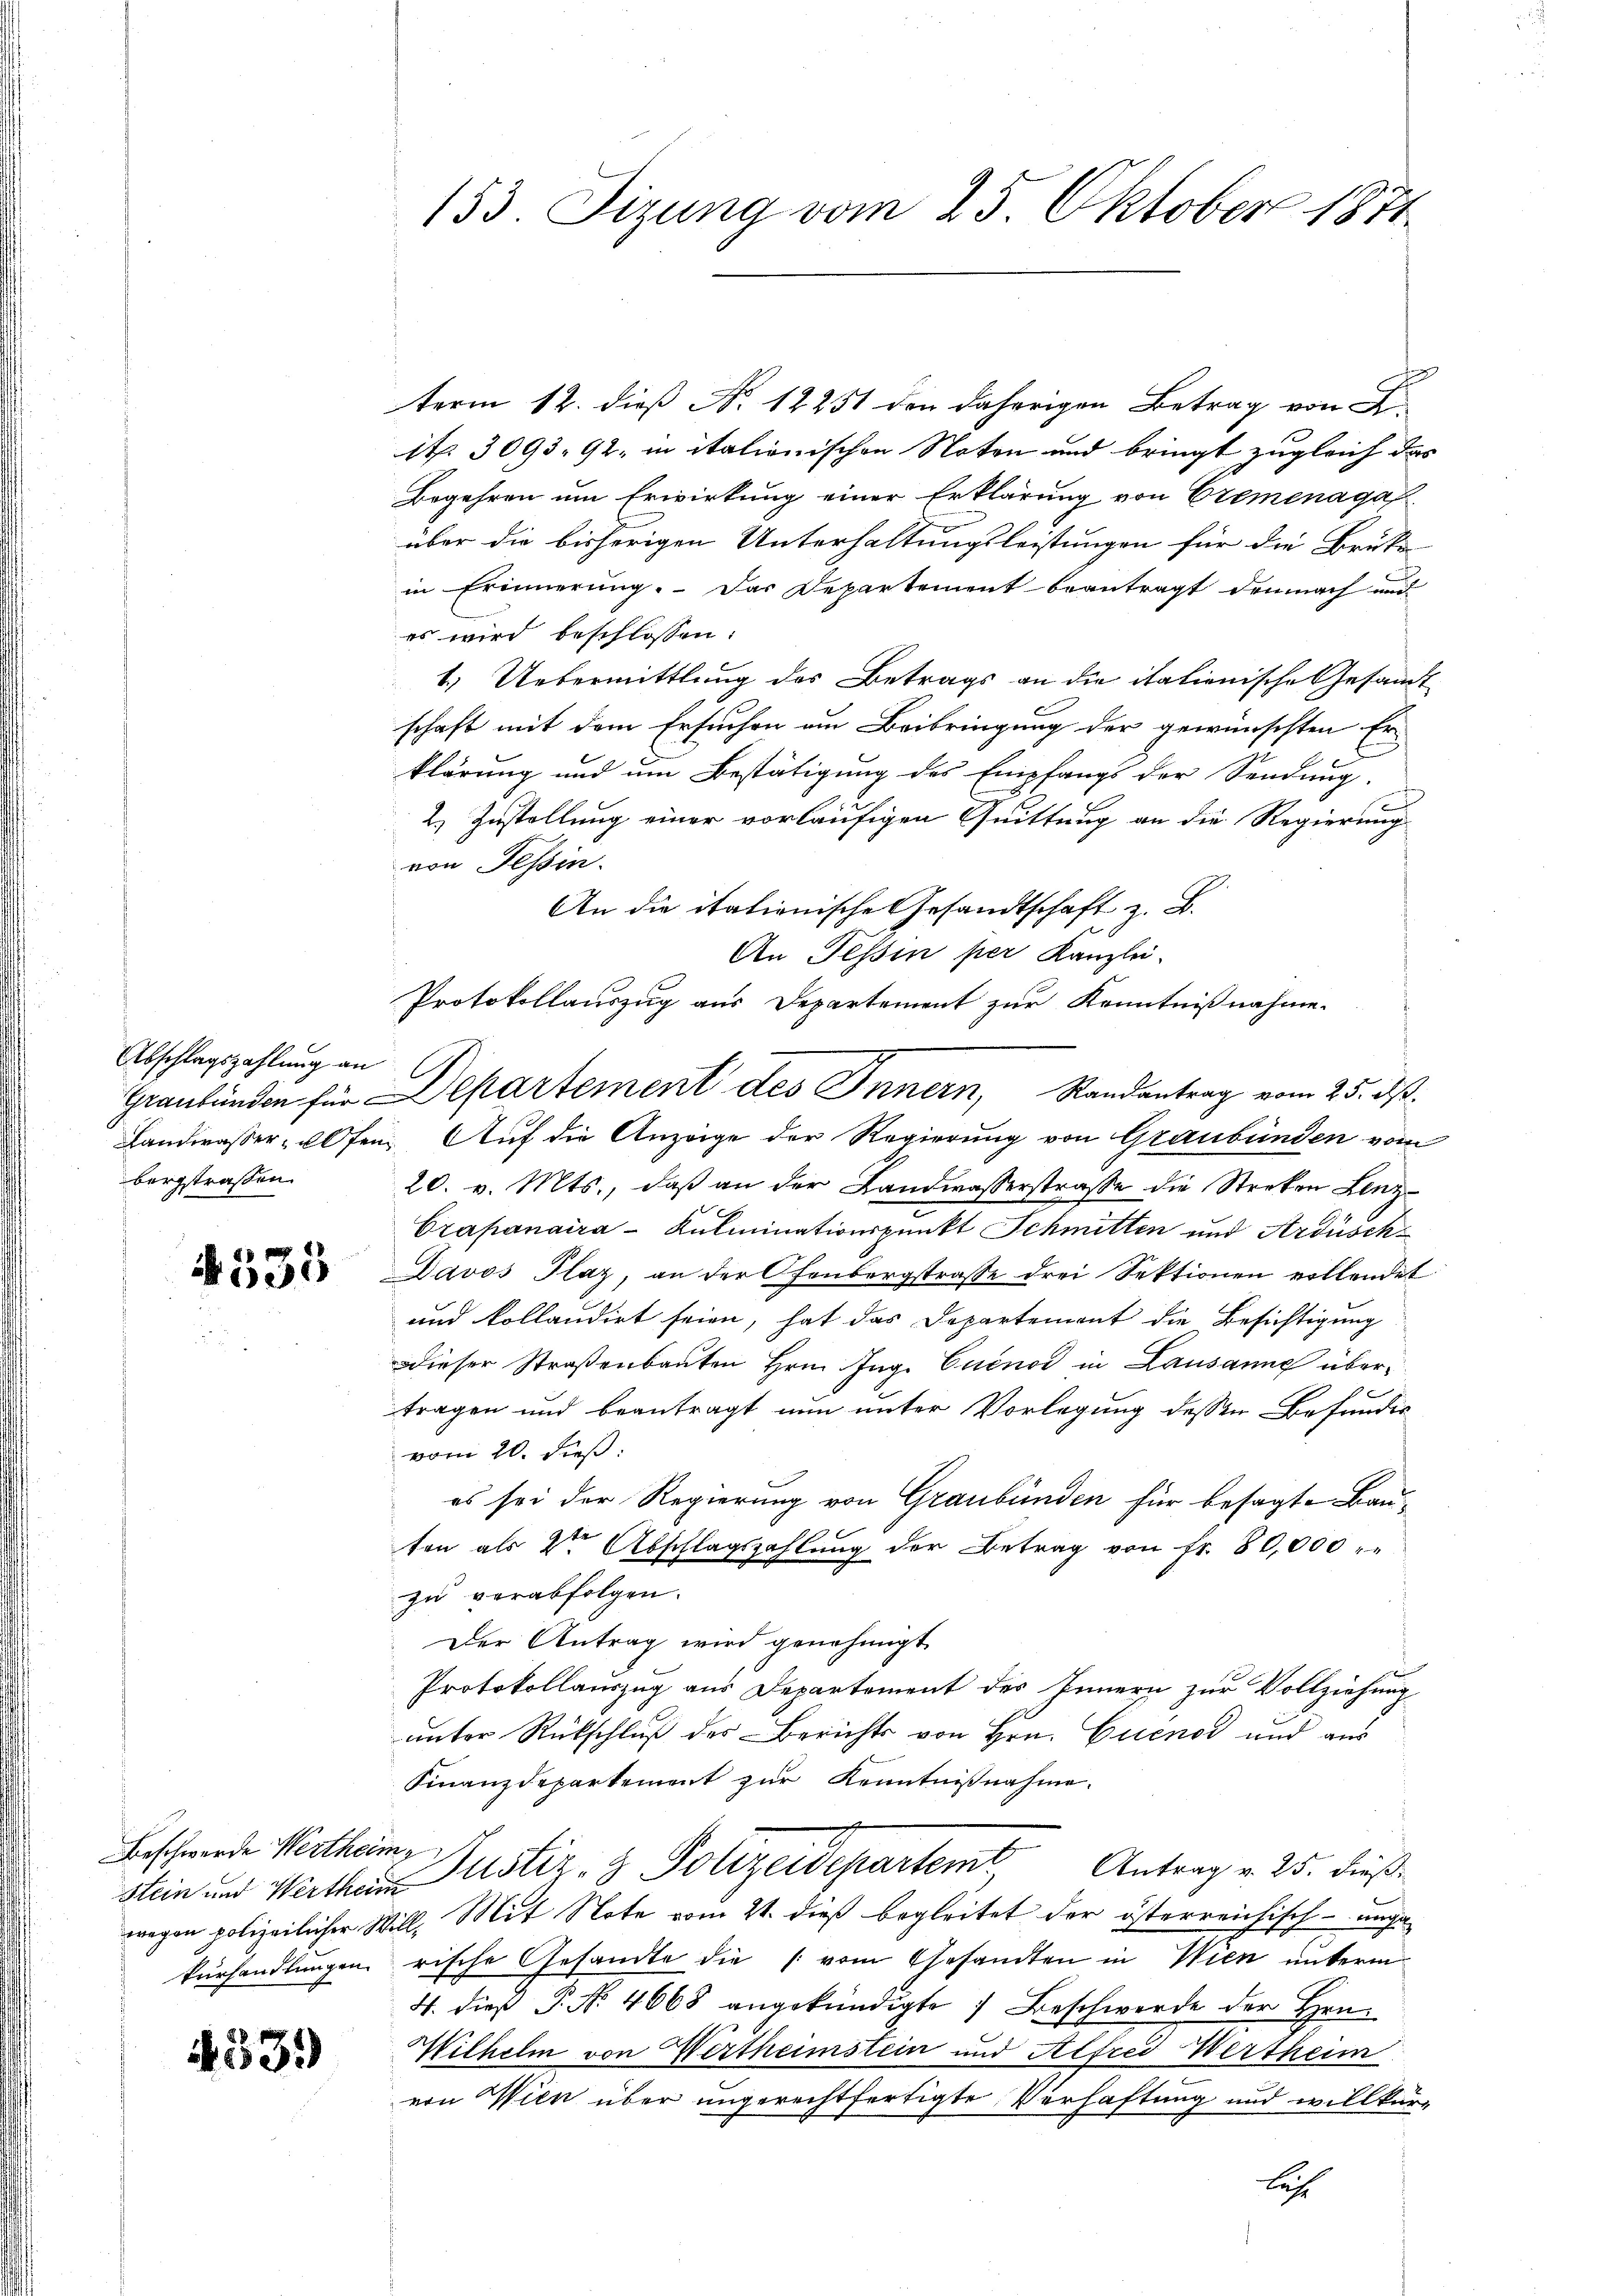
Abschlagszahlung an
bergstraßen.

4535

Beschwerde Wertheim

4331)

153. Sizung vom 25. Oktober 1871.

term 12. dieß No. 12251 den daherigen Betrag von
1t. 3093. 92. in italionischen Noten und bringt zugleich das
Begehren um Erwirkung einer Erklärung von Cremenaga
über die bisherigen Unterhaltungsleistungen für die Brüke
in Erinnerung. Das Departement beantragt demnach und
es wird beschlossen:
1.) Uebermittlung des Betrags an die italienische Gesandt
schaft mit dem Ersuchen am Beibringung der gewünschten Er-
klärung und um Bestätigung des Empfangs der Sendung.
2) Zustellung einer vorläufigen Quittung an die Regierung
von Tessin.
An die italienische Gesandtschaft z. B.
An Tessin per Kanzlei.
Protokollauszug aus Departement zur Kenntnißnahme.
.
Landwasser Elfen. Auf die Anzeige der Regierung von Graubünden vom
20. v. Mts., daβ an der Landwasserstrasse die Streken Lenz-
Crapanaira-Kulminationspunkt Schmitten und Ardüsch¬
Davos Plaz, an der Fenbergstrasse drei Sektionen vollendet
und kollaudirt seien, hat das Departement die Besichtigung
Dieser Straßenbauten Hrn. Ing. Cuenos in Lausanne übertragen und beantragt nun unter Vorlegung dessen Befundig
vom 20. dieß:
es sei der Regierung von Graubünden für besagte Bau-
ten als 2ten Abschlagszahlŭng der Betrag von fr. 80,000 " "
zu verabfolgen.
Der Antrag wird genehmigt.
Protokollauszug aus Departement des Innern zur Vollziehung
unter Rückschluß des Berichts von Hrn. Cuenos und aus
Finanzdepartement zur Kenntnißnahme.
t
stein und Werthan Justiz- & Polizeidepartem Antrag v. 25. dießwegen polizeilicher Will, Mit Note vom 21. dieß begleitet der österreichisch-unga
kurhandlungen rische Gesandte die vom Gesandten in Wien unterm
4. dieß P. Nr. 4668 angekündigte Beschwerde der Hrn.
Wilhelm von Wertheimstein und Alfred Wertheim
von Wien über ungerechtfertigte Verhaftung und willkürlech

Graubünden für Departement des Innern, Randantrag vom 25. ds.